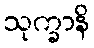
သုက္ခာနိ